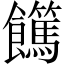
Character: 𩟵